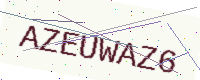
Text: AZEUWAZ6